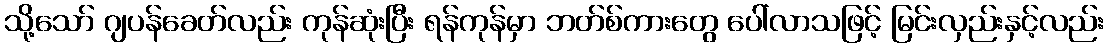
သို့သော် ဂျပန်ခေတ်လည်း ကုန်ဆုံးပြီး ရန်ကုန်မှာ ဘတ်စ်ကားတွေ ပေါ်လာသဖြင့် မြင်းလှည်းနှင့်လည်း